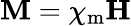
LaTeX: \mathbf M=\chi_{\mathrm{m}}\mathbf H